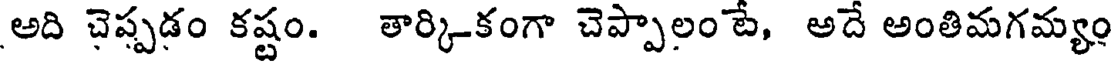
అది చెప్పడం కష్టం. తార్కి-కంగా చెప్పాలం టే, అదే అంతిమగమ్యం